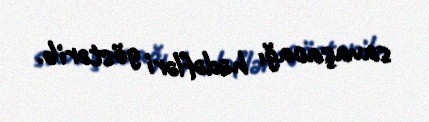
savaşacağı hədəfləri göstərib.